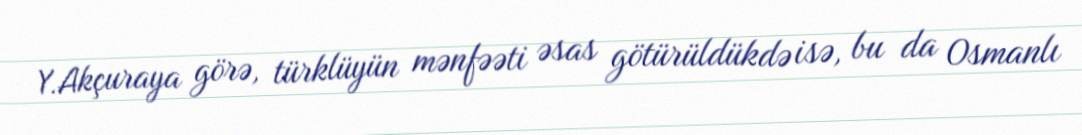
Y.Akçuraya görə, türklüyün mənfəəti əsas götürüldükdə isə, bu da Osmanlı